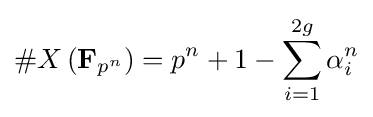
\#X\left(\mathbf {F} _{p^{n}}\right)=p^{n}+1-\sum _{i=1}^{2g}\alpha _{i}^{n}